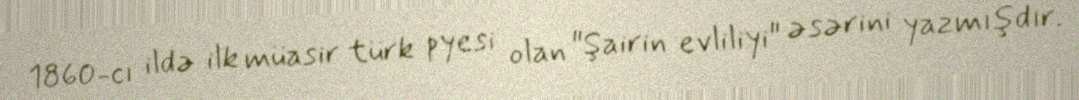
1860-cı ildə ilk müasir türk pyesi olan "Şairin evliliyi" əsərini yazmışdır.